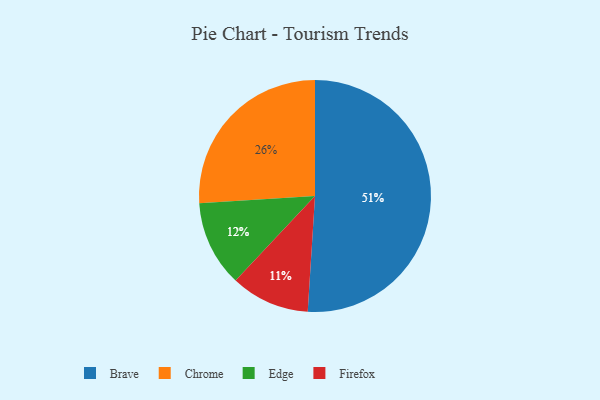
{"axis": {"x": "Category", "y": "Percentage"}, "legend": ["Brave", "Chrome", "Edge", "Firefox"], "data": [{"x": "Firefox", "y": 11, "type": "Firefox"}, {"x": "Brave", "y": 51, "type": "Brave"}, {"x": "Chrome", "y": 26, "type": "Chrome"}, {"x": "Edge", "y": 12, "type": "Edge"}]}